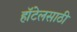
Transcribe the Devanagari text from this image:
हॉटेलसाठी